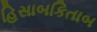
હિસાબકિતાબ